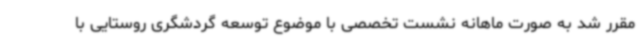
مقرر شد به صورت ماهانه نشست تخصصی با موضوع توسعه گردشگری روستایی با